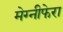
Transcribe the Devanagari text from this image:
मेग्‍नीफेरा